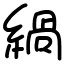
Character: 緺